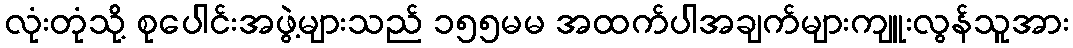
လုံးတုံသို့ စုပေါင်းအဖွဲ့များသည် ၁၅၅မမ အထက်ပါအချက်များကျူးလွန်သူအား